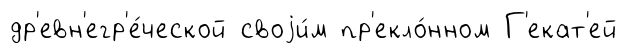
др'евн'егр'е́ческой своjи́м пр'екло́нном Г'екат'ей